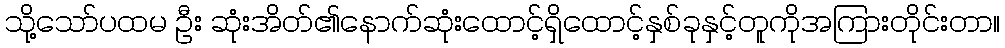
သို့သော်ပထမ ဦး ဆုံးအိတ်၏နောက်ဆုံးထောင့်ရှိထောင့်နှစ်ခုနှင့်တူကိုအကြားတိုင်းတာ။